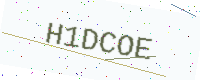
Text: H1DCOE